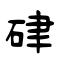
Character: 硉